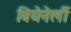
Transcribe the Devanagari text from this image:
वियेनेर्ली